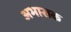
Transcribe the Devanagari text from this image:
अभासक